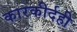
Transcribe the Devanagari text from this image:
कारकीर्दही